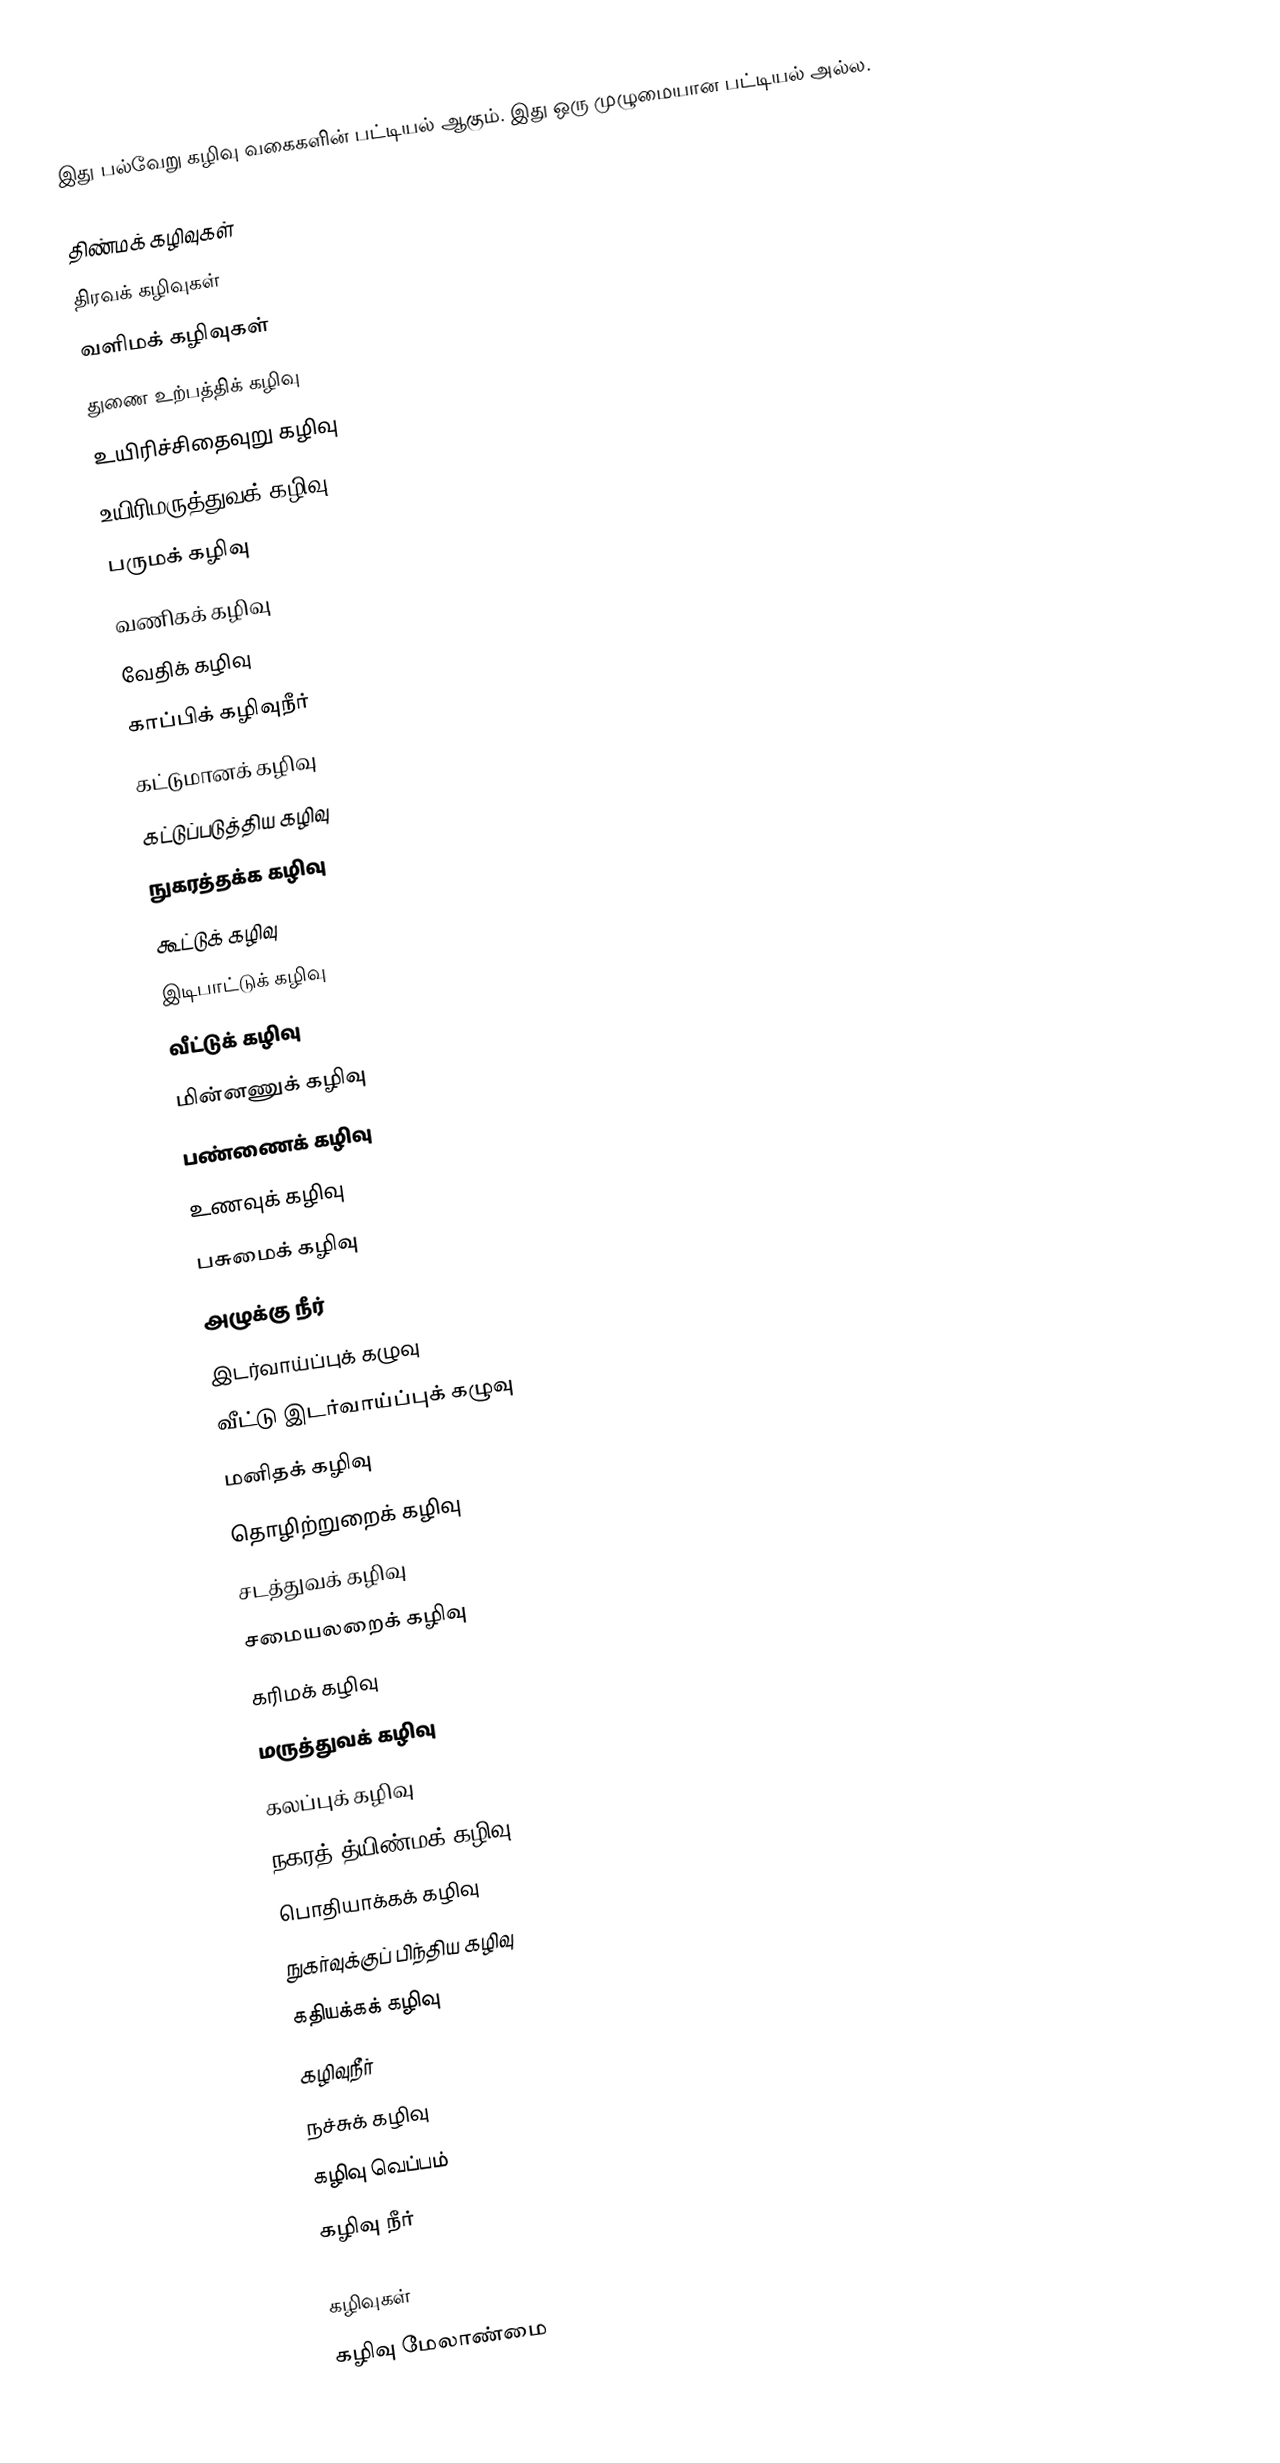
இது பல்வேறு கழிவு வகைகளின் பட்டியல் ஆகும். இது ஒரு முழுமையான பட்டியல் அல்ல.

 திண்மக் கழிவுகள்
 திரவக் கழிவுகள்
 வளிமக் கழிவுகள்
 துணை உற்பத்திக் கழிவு
 உயிரிச்சிதைவுறு கழிவு
 உயிரிமருத்துவக் கழிவு
 பருமக் கழிவு
 வணிகக் கழிவு
 வேதிக் கழிவு
 காப்பிக் கழிவுநீர்
 கட்டுமானக் கழிவு
 கட்டுப்படுத்திய கழிவு
 நுகரத்தக்க கழிவு
 கூட்டுக் கழிவு
 இடிபாட்டுக் கழிவு
 வீட்டுக் கழிவு
 மின்னணுக் கழிவு
 பண்ணைக் கழிவு
 உணவுக் கழிவு
 பசுமைக் கழிவு
 அழுக்கு நீர்
 இடர்வாய்ப்புக் கழுவு
 வீட்டு இடர்வாய்ப்புக் கழுவு
 மனிதக் கழிவு
 தொழிற்றுறைக் கழிவு
 சடத்துவக் கழிவு
 சமையலறைக் கழிவு
 கரிமக் கழிவு
 மருத்துவக் கழிவு
 கலப்புக் கழிவு
 நகரத் த்யிண்மக் கழிவு
 பொதியாக்கக் கழிவு
 நுகர்வுக்குப் பிந்திய கழிவு
 கதியக்கக் கழிவு
 கழிவுநீர்
 நச்சுக் கழிவு
 கழிவு வெப்பம்
 கழிவு நீர்

கழிவுகள்
கழிவு மேலாண்மை